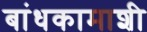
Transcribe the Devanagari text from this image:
बांधकामाशी